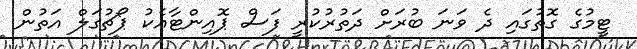
ޓީމުގެ ގޮތުގައި ދެ ވަނަ ބުރަށް ދަތުރުކުރީ ފަސް ޕޮއިންޓާއެކު ޕޯޗުގަލް އަތުން